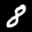
Label: 8